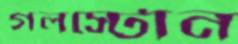
গলস্টোন